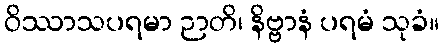
ဝိဿာသပရမာ ဉာတိ၊ နိဗ္ဗာနံ ပရမံ သုခံ။